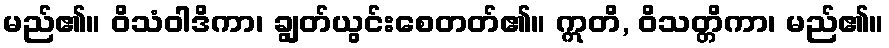
မည်၏။ ဝိသံဝါဒိကာ၊ ချွတ်ယွင်းစေတတ်၏။ ဣတိ, ဝိသတ္တိကာ၊ မည်၏။